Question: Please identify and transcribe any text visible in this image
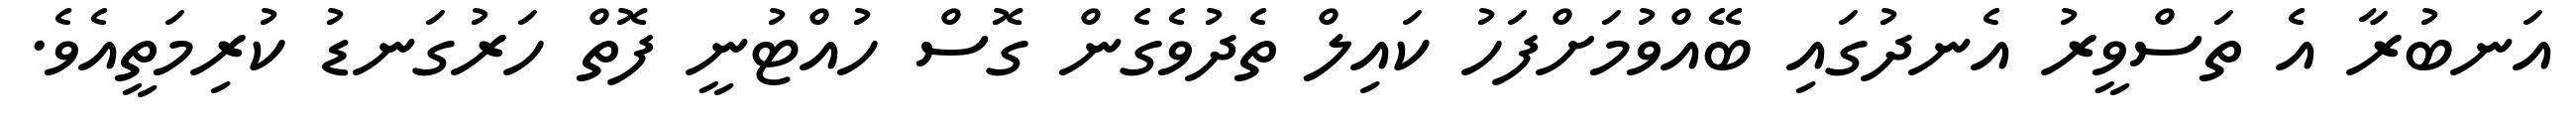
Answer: އަނބުރާ އެ ތަސްވީރު އެނދުގައި ބޭއްވުމަށްފަހު ކައިލް ތެދުވެގެން ގޮސް ހުއްޓުނީ ފޮތް ހަރުގަނޑު ކުރިމަތީއެވެ.